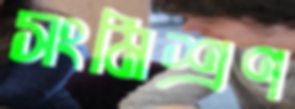
সংমিশ্রণ